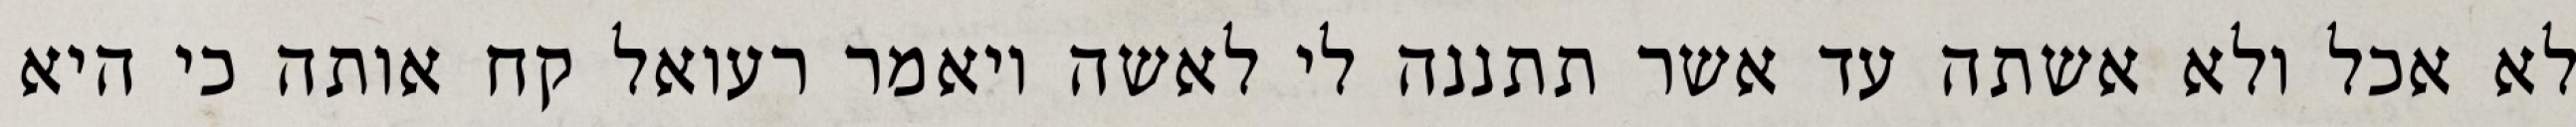
לא אכל ולא אשתה עד אשר תתננה לי לאשה ויאמר רעואל קח אותה כי היא